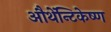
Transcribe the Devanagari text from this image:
औथेंन्टिकेष्ण